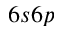
6 s 6 p